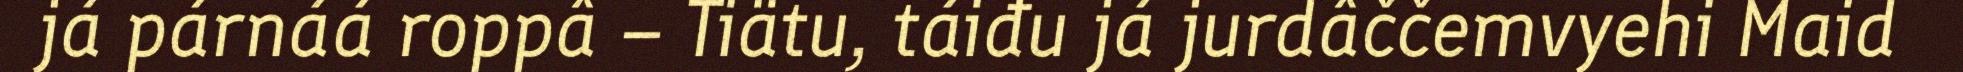
já párnáá roppâ – Tiätu, táiđu já jurdâččemvyehi Maid